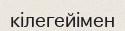
кілегейімен